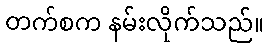
တက်စက နမ်းလိုက်သည်။